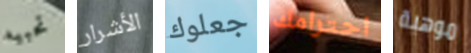
تحبيه الأشرار جعلوك احترامك موهبة